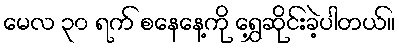
မေလ ၃၀ ရက် စနေနေ့ကို ရွှေ့ဆိုင်းခဲ့ပါတယ်။